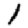
Digit: 1